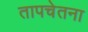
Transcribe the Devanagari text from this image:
तापचेतना